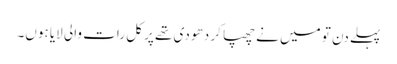
پہلے دن تو میں نے چھپا کر دھو دی تھے پر کل رات والی لایا ہوں۔